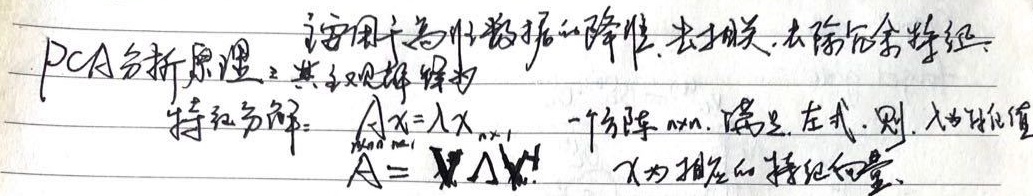
PCA分析原理：适用于高维数据的降维、去相关、去除冗余数据。其数学解释为特征分解：\(Ax = \lambda x\)，一个方阵 \(A_{n\times n}\)，满足左式，则 \(\lambda\) 为特征值，\(A = X\Lambda X^{-1}\)，\(x\) 为相应的特征向量。